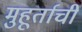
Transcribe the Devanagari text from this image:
मुहूर्ताची